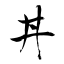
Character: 丼